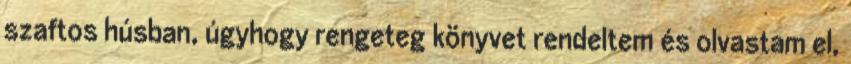
szaftos húsban, úgyhogy rengeteg könyvet rendeltem és olvastam el,